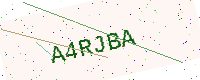
Text: A4RJBA